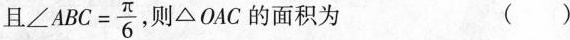
且$$∠ A B C= \frac { π } { 6 }$$, △OAC的面积为（）